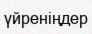
үйреніңдер